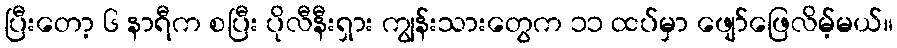
ပြီးတော့ ၆ နာရီက စပြီး ပိုလီနီးရှား ကျွန်းသားတွေက ၁၁ ထပ်မှာ ဖျော်ဖြေလိမ့်မယ်။